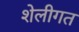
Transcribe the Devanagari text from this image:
शेलीगत